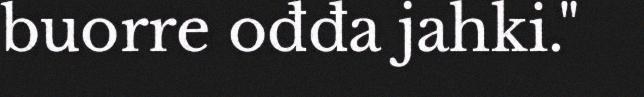
buorre ođđa jahki."